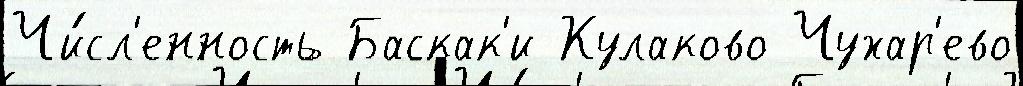
Чи́сл'енность Баскак'и Кулаково Чухар'ево